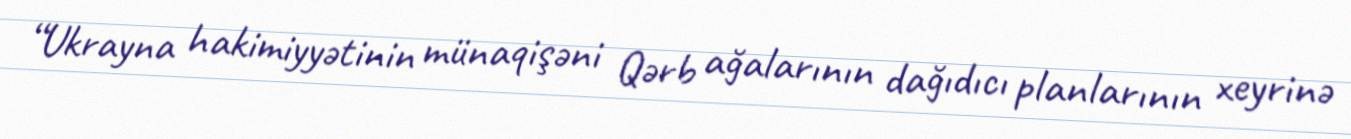
“Ukrayna hakimiyyətinin münaqişəni Qərb ağalarının dağıdıcı planlarının xeyrinə